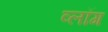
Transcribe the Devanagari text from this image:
व्लॉग